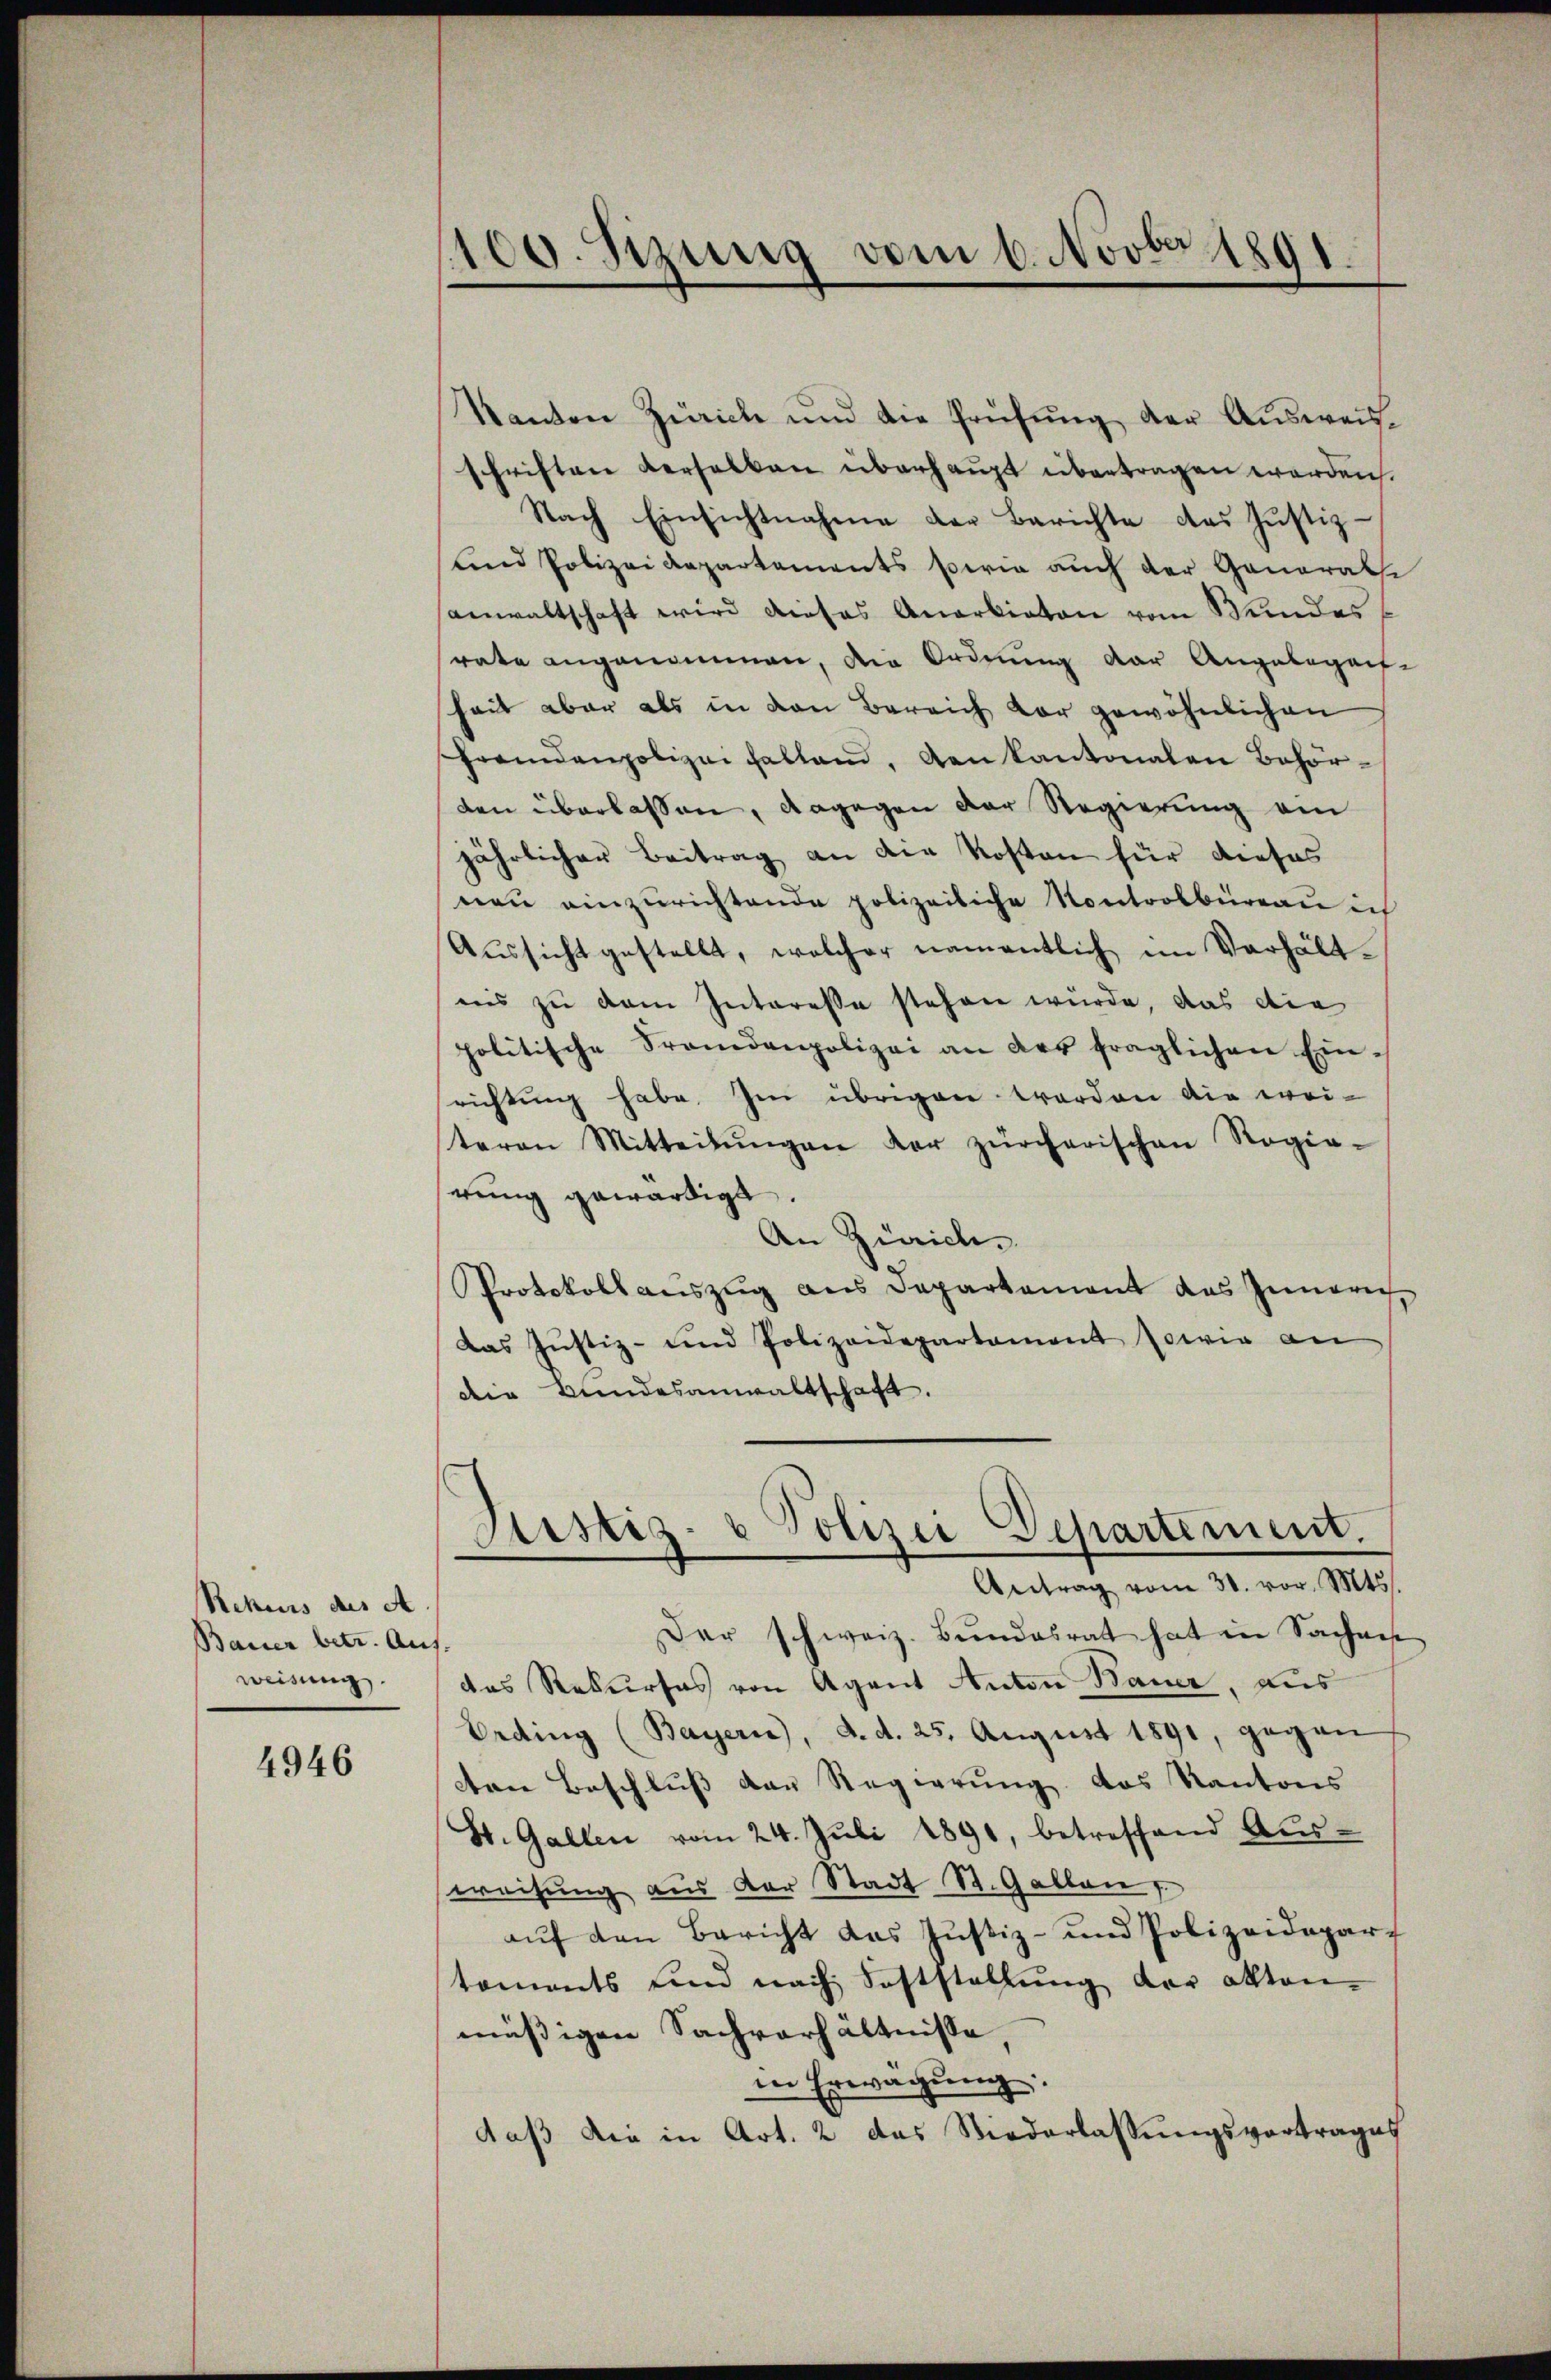
Rekurs des A
Bauer betr. Aufweisung.

4946

1100. Sizung vom 6. Novbr 1891

Kanton Zürich und die Prüfung der Ausweisschriften verselben überhaupt übertragen werden.
Nach Einsichtnahme der Berichte des Jŭstiz-
und Polizei Repartements sowie auch der Generathe
anwaltschaft wird dieses Anerbieten vom Wundes
rate angenommen, die Ordnung der Angelegen-
hait aber als in den Bereich vor gewöhnlichen
fremdenpolizei haltend, den kantonalen Behörden überlassen, dagegen der Regierung am
jährlicher Beitrag an die Kosten für dieses
nen einzurichtende polizeiliche Kontrolbureau ich
Aussicht gestellt, welcher namentlich im Verhältins zu dem Interesse stehen würde, das die
politische Frandenpolizei an der fraglichen Einrichtung habe. Im übrigen worden die wei-
teren Mitteilŭngen der zürcherischen Regie-
rŭng gewärtigt.
An Zürich.
Protokoll auszug aus Departement das Innerich,
Das Justiz- und Polizeidepartement sowie an
die Bundesanwaltschaft.
Justiz- & Polizei Departement.
Antrag vom 31. vor. Mts.
Der schweiz. Bundesrat hat in Saches
das Rekurses von Agent Anton Bauer, aus
Ording (Bayern), d. d. 25. August 1891, gegen
cten Beschluß der Regierung das Kantons
St. Gallen vom 24. Juli 1891, betreffend Aus-
weisung aus der Stadt St. Gallen
auf den Bericht das Justiz- und Polizeidepart
toments sind nach Feststellung der aktanmässigen Sachverhältnisse
in Erwägŭng:
daβ die in Art. 2 das Niederlassŭngsvortrages